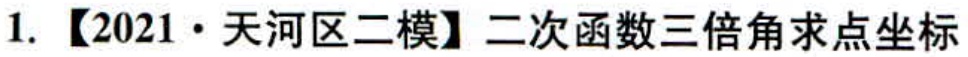
1. 【2021·天河区二模】二次函数三倍角求点坐标